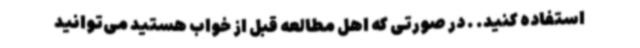
استفاده کنید. . در صورتی که اهل مطالعه قبل از خواب هستید می‌توانید